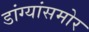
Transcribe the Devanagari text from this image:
डांग्यांसमोर